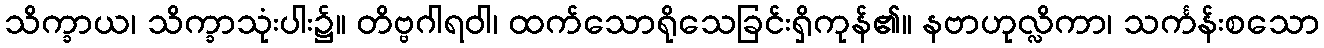
သိက္ခာယ၊ သိက္ခာသုံးပါး၌။ တိဗ္ဗဂါရဝါ၊ ထက်သောရိုသေခြင်းရှိကုန်၏။ နဗာဟုလ္လိကာ၊ သင်္ကန်းစသော